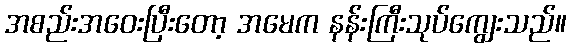
အစည်းအဝေးပြီးတော့ အမေက နန်းကြီးသုပ်ကျွေးသည်။